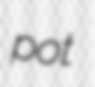
pot